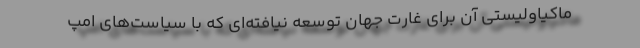
ماکیاولیستی آن برای غارت جهان توسعه نیافته‌ای که با سیاست‌های امپ